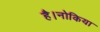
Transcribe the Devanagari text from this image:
है।नोकिया